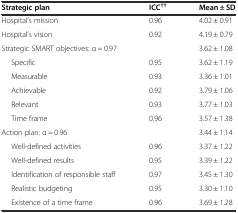
| Strategic plan | ICC†† | Mean ± SD |
 | --- | --- | --- |
 | Hospital’s mission | 0.96 | 4.02 ± 0.91 |
 | Hospital’s vision | 0.92 | 4.19 ± 0.79 |
 | Strategic SMART objectives: α = 0.97 |  | 3.62 ± 1.08 |
 | Specific | 0.95 | 3.62 ± 1.19 |
 | Measurable | 0.93 | 3.36 ± 1.01 |
 | Achievable | 0.92 | 3.79 ± 1.06 |
 | Relevant | 0.93 | 3.77 ± 1.03 |
 | Time frame | 0.96 | 3.57 ± 1.38 |
 | Action plan: α = 0.96 |  | 3.44 ± 1.14 |
 | Well-defined activities | 0.96 | 3.37 ± 1.22 |
 | Well-defined results | 0.95 | 3.39 ± 1.22 |
 | Identification of responsible staff | 0.97 | 3.45 ± 1.30 |
 | Realistic budgeting | 0.95 | 3.30 ± 1.10 |
 | Existence of a time frame | 0.96 | 3.69 ± 1.28 |